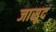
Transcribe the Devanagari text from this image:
जासूद